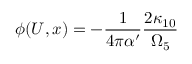
\phi ( U , x ) = - \frac { 1 } { 4 \pi \alpha ^ { \prime } } \frac { 2 \kappa _ { 1 0 } } { \Omega _ { 5 } }